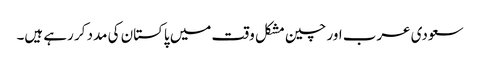
سعودی عرب اور چین مشکل وقت میں پاکستان کی مدد کر رہے ہیں۔